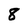
Character: 8